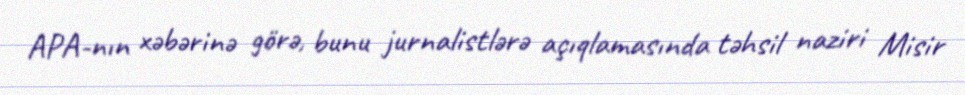
APA-nın xəbərinə görə, bunu jurnalistlərə açıqlamasında təhsil naziri Misir